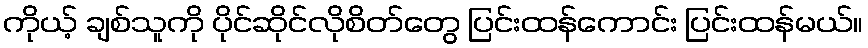
ကိုယ့် ချစ်သူကို ပိုင်ဆိုင်လိုစိတ်တွေ ပြင်းထန်ကောင်း ပြင်းထန်မယ်။